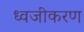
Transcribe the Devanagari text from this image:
ध्वजीकरण